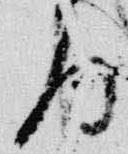
局